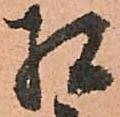
相